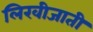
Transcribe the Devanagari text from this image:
लिखीजाती